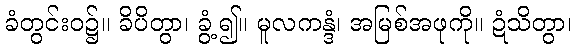
ခံတွင်းဝ၌။ ခိပိတွာ၊ ခွံ့၍။ မူလကန္ဒံ၊ အမြစ်အဖုကို။ ဍံသိတွာ၊